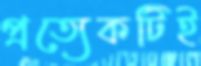
প্রত্যেকটিই